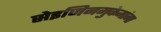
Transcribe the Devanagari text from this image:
सेइजिनमुकेमांगा